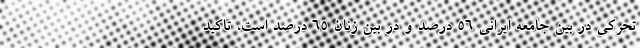
تحرکی در بین جامعه ایرانی ۵۶ درصد و در بین زنان ۶۵ درصد است، تاکید